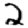
Digit: 2